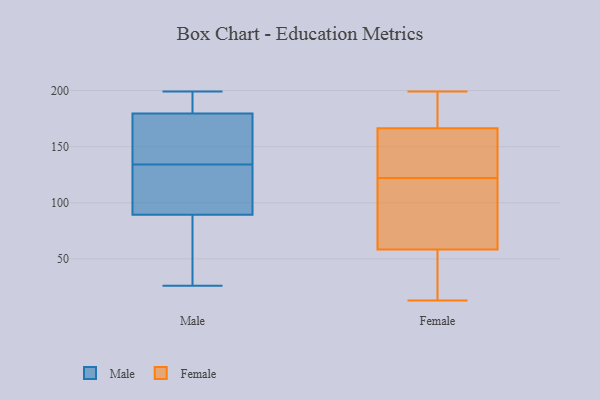
{"axis": {"x": "Operating Costs (USD K)", "y": "Value"}, "legend": ["Female", "Male"], "data": [{"x": "", "y": 187, "type": "Male"}, {"x": "", "y": 128, "type": "Male"}, {"x": "", "y": 26, "type": "Male"}, {"x": "", "y": 189, "type": "Male"}, {"x": "", "y": 173, "type": "Male"}, {"x": "", "y": 134, "type": "Male"}, {"x": "", "y": 199, "type": "Male"}, {"x": "", "y": 94, "type": "Male"}, {"x": "", "y": 177, "type": "Male"}, {"x": "", "y": 90, "type": "Male"}, {"x": "", "y": 32, "type": "Male"}, {"x": "", "y": 152, "type": "Male"}, {"x": "", "y": 87, "type": "Male"}, {"x": "", "y": 80, "type": "Female"}, {"x": "", "y": 38, "type": "Female"}, {"x": "", "y": 13, "type": "Female"}, {"x": "", "y": 161, "type": "Female"}, {"x": "", "y": 107, "type": "Female"}, {"x": "", "y": 141, "type": "Female"}, {"x": "", "y": 122, "type": "Female"}, {"x": "", "y": 199, "type": "Female"}, {"x": "", "y": 168, "type": "Female"}, {"x": "", "y": 169, "type": "Female"}, {"x": "", "y": 51, "type": "Female"}]}